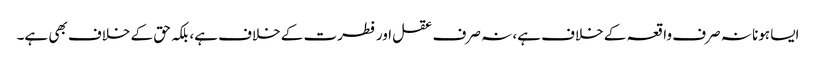
ایسا ہونا نہ صرف واقعہ کے خلاف ہے، نہ صرف عقل اور فطرت کے خلاف ہے، بلکہ حق کے خلاف بھی ہے۔